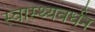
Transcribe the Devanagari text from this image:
स्वास्थ्यवर्धन